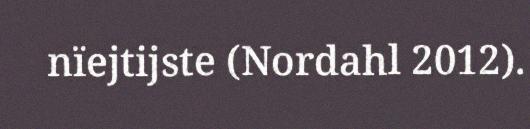
nïejtijste (Nordahl 2012).